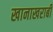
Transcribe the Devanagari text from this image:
खानाखराबी